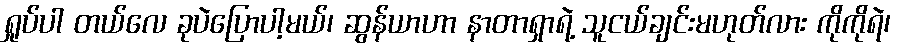
ရှုပ်ပါ တယ်လေ ခုပဲပြောပါ့မယ်၊ ဆွန်ယာဟာ နာတာရှာရဲ့ သူငယ်ချင်းမဟုတ်လား ကိုကိုရဲ၊